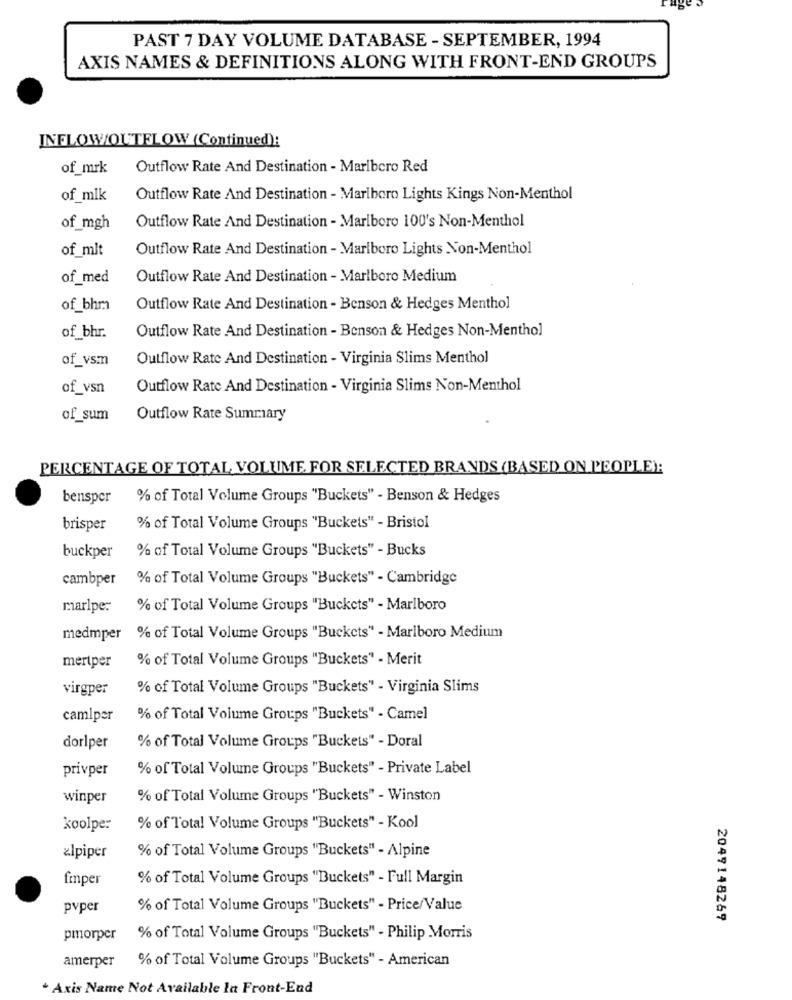
PAST 7 DAY VOLUME DATABASE - SEPTEMBER, 1994
AXIS NAMES & DEFINITIONS ALONG WITH FRONT-END GROUPS
INFLOW/OUTFLOW (Continued):
of_mrk
Outflow Rate And Destination - Marlboro Red
of mlk
Outflow Rate And Destination - Marlboro Lights Kings Non-Menthol
Outflow Rate And Destination - Marlboro 100's Non-Menthol
of_mgh
of_mit
Outflow Rate And Destination - Marlboro Lights Non-Menthol
of_med
Outflow Rate And Destination - Marlboro Medium
of_bhm
Outflow Rate And Destination - Benson & Hedges Menthol
Outflow Rate And Destination - Benson & Hedges Non-Menthol
of_bhr.
of_vsmm
Outflow Rate And Destination - Virginia Slims Menthol
of_vsn
Outflow Rate And Destination - Virginia Slims Non-Menthol
of_sum
Outflow Rate Summary
PERCENTAGE OF TOTAL VOLUME FOR SELECTED BRANDS (BASED ON PEOPLE):
bensper
% of Total Volume Groups "Buckets" - Benson & Hedges
brisper
% of Total Volume Groups "Buckets" - Bristol
buckper
% of Total Volume Groups "Buckets" - Bucks
cambper
% of Total Volume Groups "Buckets" - Cambridge
marlpe:
% of Total Volume Groups "Buckets" - Marlboro
medmper
% of Total Volume Groups "Buckets" - Marlboro Medium
mertper
% of Total Volume Groups "Buckets" - Merit
virgper
% of Total Volume Groups "Buckets" - Virginia Slims
camiper
% of Total Volume Groups "Buckets" - Camel
dorlper
% of Total Volume Groups "Buckets" - Doral
privper
% of Total Volume Groups "Buckets" - Private Label
winper
% of Total Volume Groups "Buckets" - Winston
koolper
% of Total Volume Groups "Buckets" - Kool
alpiper
% of Total Volume Groups "Buckets" - Alpine
finper
% of Total Volume Groups "Buckets" - Full Margin
pvper
% of Total Volume Groups "Buckets" - Price/Value
2049148269
pmorper
% of Total Volume Groups "Buckets" - Philip Morris
amerper
% of Total Volume Groups "Buckets" - American
Axis Name Not Available In Front-End